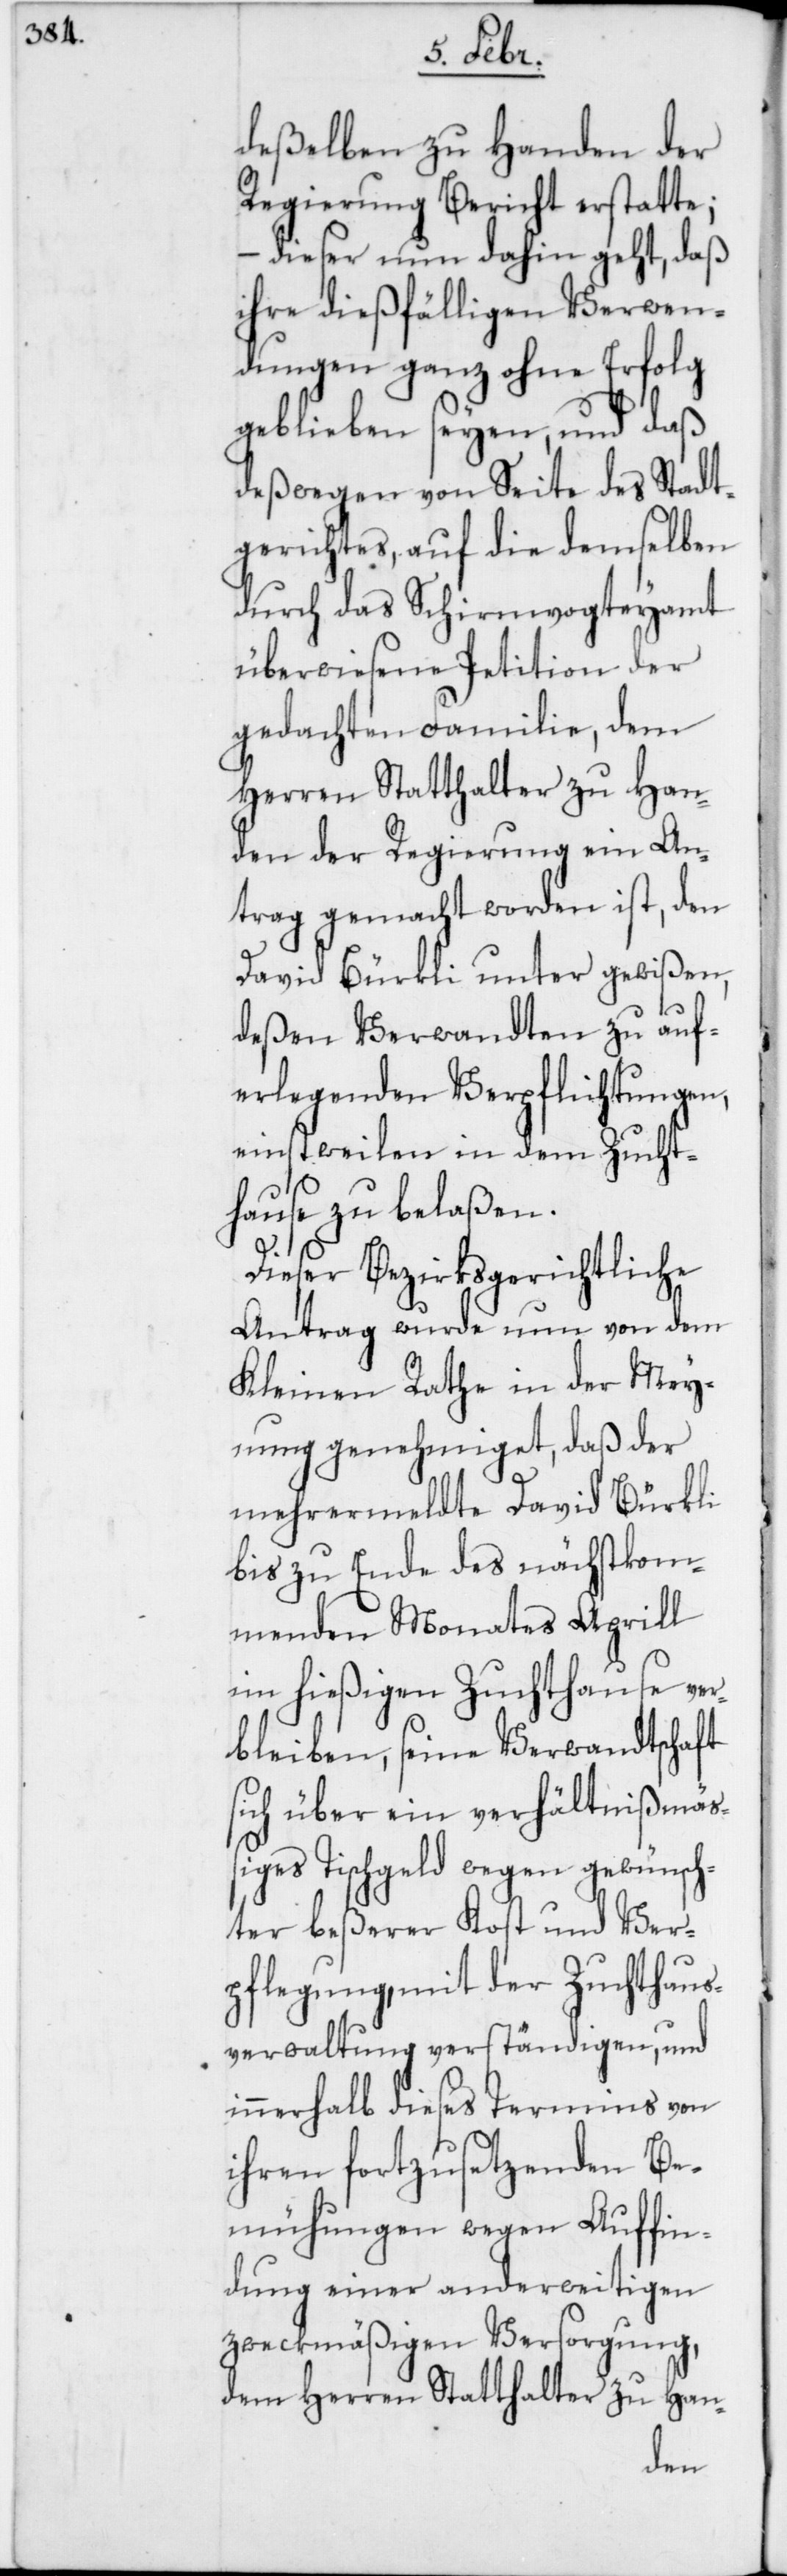
deßelben zu Handen der
Regierung Bericht erstatte;
dieser nun dahin geht, daß
ihre dießfälligen Verwen¬
dungen ganz ohne Erfolg
geblieben seyen, und daß
deßwegen von Seite des Stadt¬
gerichtes, auf die demselben
durch das Schirmvogteyamt
überwiesene Petition der
gedachten Familie, dem
Herren Statthalter zu Han¬
den der Regierung ein An¬
trag gemacht worden ist, den
David Bürkli unter gewißen,
deßen Verwandten zu auf¬
erlegenden Verpflichtungen,
einstweilen in dem Zucht¬
hause zu belaßen.
Dieser bezirksgerichtliche
Antrag wurde nun von dem
Kleinen Rathe in der Mey¬
nung genehmiget, daß der
mehrermeldte David Bürkli
bis zu Ende des nächstkom¬
menden Monates Aprill
im hießigen Zuchthause ver¬
bleiben, seine Verwandtschaft
sich über ein verhältnißmäß¬
iges Tischgeld wegen gewünsch¬
ter beßerer Kost und Ver¬
pflegung, mit der Zuchthaus¬
verwaltung verständigen, und
innerhalb dieses Termins von
ihren fortzusetzenden Be¬
mühungen wegen Auffin¬
dung einer anderweitigen
zweckmäßigen Versorgung,
dem Herren Statthalter zu Han-